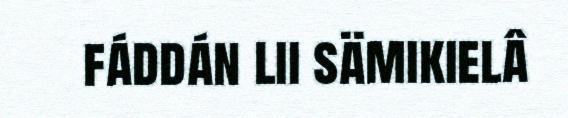
fáddán lii sämikielâ